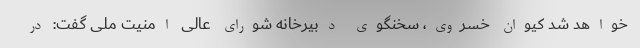
خواهد شد کیوان خسروی، سخنگوی دبیرخانه شورای عالی امنیت ملی گفت: در